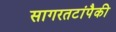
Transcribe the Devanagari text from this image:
सागरतटांपैकी